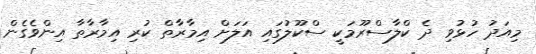
މިއަދު ހުޅުވި ދެ ކްލާސްރޫމަކީ ސްކޫލުގައި އަލަށް އިމާރާތް ކުރި އިމާރާތާ އިންވެގެން